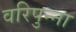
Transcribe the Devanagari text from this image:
वरिपुन्‍ना